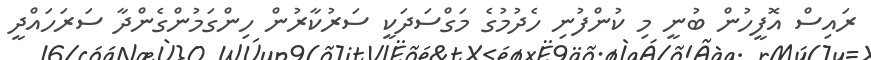
ރައިސް އޮފީހުން ބުނީ މި ކުންފުނި ހެދުމުގެ މަގްސަދަކީ ސަރުކާރުން ހިންގަމުންގެންދާ ސަރަހައްދީ